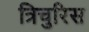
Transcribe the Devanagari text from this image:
त्रिचुरिस